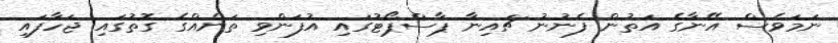
ނަމަވެސް އޭނާގެ އަތުން ފެނުނު ޗައިނާ ޕާސްޕޯޓުގައި އުފަންވި ތަނެއްގެ ގޮތުގައި ޖަހާފައި